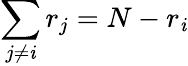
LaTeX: \sum_{j\neq\mathit{i}}r_{j}=N-r_{\mathit{i}}